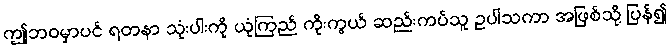
ဤဘဝမှာပင် ရတနာ သုံးပါးကို ယုံကြည် ကိုးကွယ် ဆည်းကပ်သူ ဥပါသကာ အဖြစ်သို့ ပြန်၍